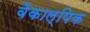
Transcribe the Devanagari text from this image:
वैकाल्पिक